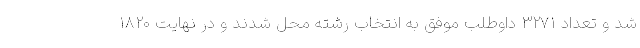
شد و تعداد ۳۲۷۱ داوطلب موفق به انتخاب رشته محل شدند و در نهایت ۱۸۲۰